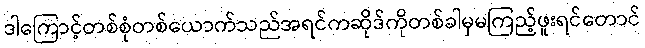
ဒါကြောင့်တစ်စုံတစ်ယောက်သည်အရင်ကဆိုဒ်ကိုတစ်ခါမှမကြည့်ဖူးရင်တောင်